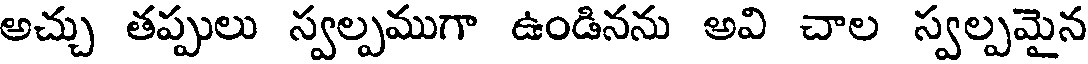
అచ్చు తప్పులు స్వల్పముగా ఉండినను అవి చాల స్వల్పమైన